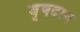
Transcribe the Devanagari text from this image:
वृषदान